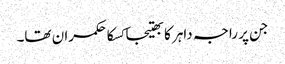
جن پر راجہ داہر کا بھتیجا کسکا حکمران تھا۔